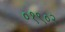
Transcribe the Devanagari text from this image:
०१९०२